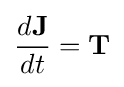
{\frac {d\mathbf {J} }{dt}}=\mathbf {T}